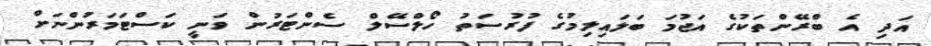
އަދި އެ ބްރޭންތަކުގެ އަޖުމަ ބަލައިލިމުގެ ފުރުސަތު ހޯލްސޭލް ސެންޓަރުން ވަނީ ކަސްޓަމަރުންނަށް